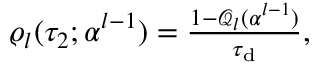
\begin{array} { r } { \varrho _ { l } ( \tau _ { 2 } ; \boldsymbol { \alpha } ^ { l - 1 } ) = \frac { 1 - \mathcal { Q } _ { l } ( \boldsymbol { \alpha } ^ { l - 1 } ) } { \tau _ { \mathrm { d } } } , } \end{array}